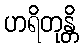
ဟရိတုန္တိ